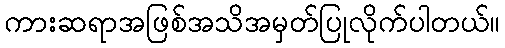
ကားဆရာအဖြစ်အသိအမှတ်ပြုလိုက်ပါတယ်။